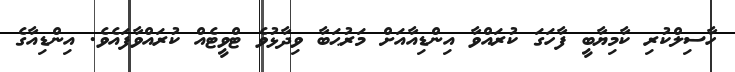
ހާސިލްކުރި ކާމިޔާބީ ފާހަގަ ކުރައްވާ އިންޑިއާއަށް މަރުޙަބާ ވިދާޅުވެ ޓްވީޓެއް ކުރައްވާފައެވެ. އިންޑިއާގެ